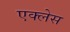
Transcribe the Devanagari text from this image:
एक्लेस